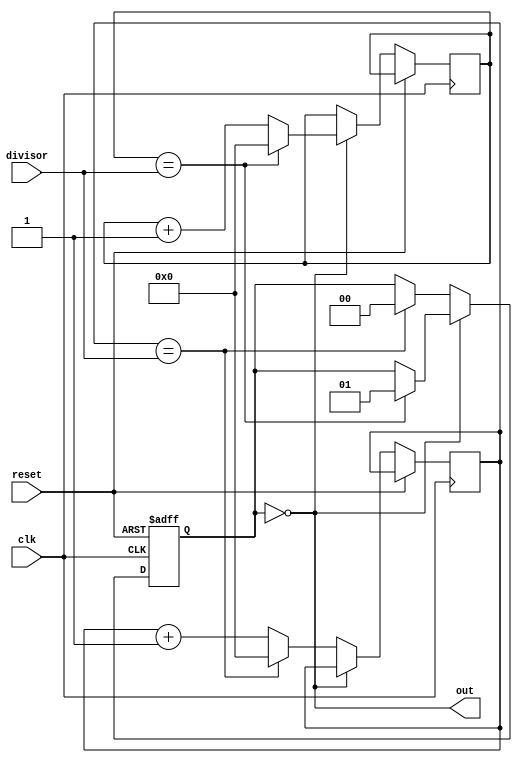
module dual_modulus_clock_divider (
    input wire clk,
    input wire reset,
    input wire [7:0] divisor,
    output reg out
);

reg [1:0] count;
reg [7:0] mod1;
reg [7:0] mod2;

always @ (posedge clk or posedge reset) begin
    if (reset) begin
        count <= 2'b00;
    end else begin
        if (count == 2'b00) begin
            if (mod1 == divisor) begin
                mod1 <= 8'b00000000;
                count <= 2'b01;
            end else begin
                mod1 <= mod1 + 1;
            end
        end else begin
            if (mod2 == divisor) begin
                mod2 <= 8'b00000000;
                count <= 2'b00;
            end else begin
                mod2 <= mod2 + 1;
            end
        end
    end
end

assign out = (count == 2'b00);

endmodule